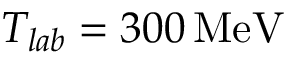
T _ { l a b } = 3 0 0 \, \mathrm { M e V }